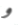
و